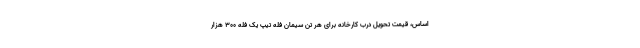
اساس، قیمت تحویل درب کارخانه برای هر تن سیمان فله تیپ یک فله ۳۰۰ هزار